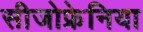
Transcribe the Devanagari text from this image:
सीजोफ्रेनिया